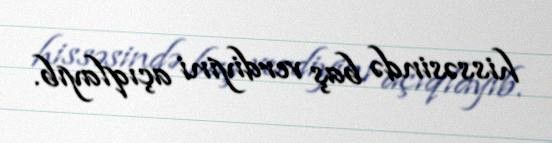
hissəsində baş verdiyini açıqlayıb.